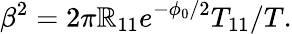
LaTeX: \beta^{2}=2\pi\mathbb{R}_{11}e^{-\phi_{0}/2}T_{11}/T.